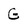
Character: G